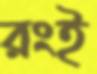
রংই